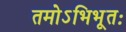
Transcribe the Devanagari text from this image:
तमोऽभिभूतः